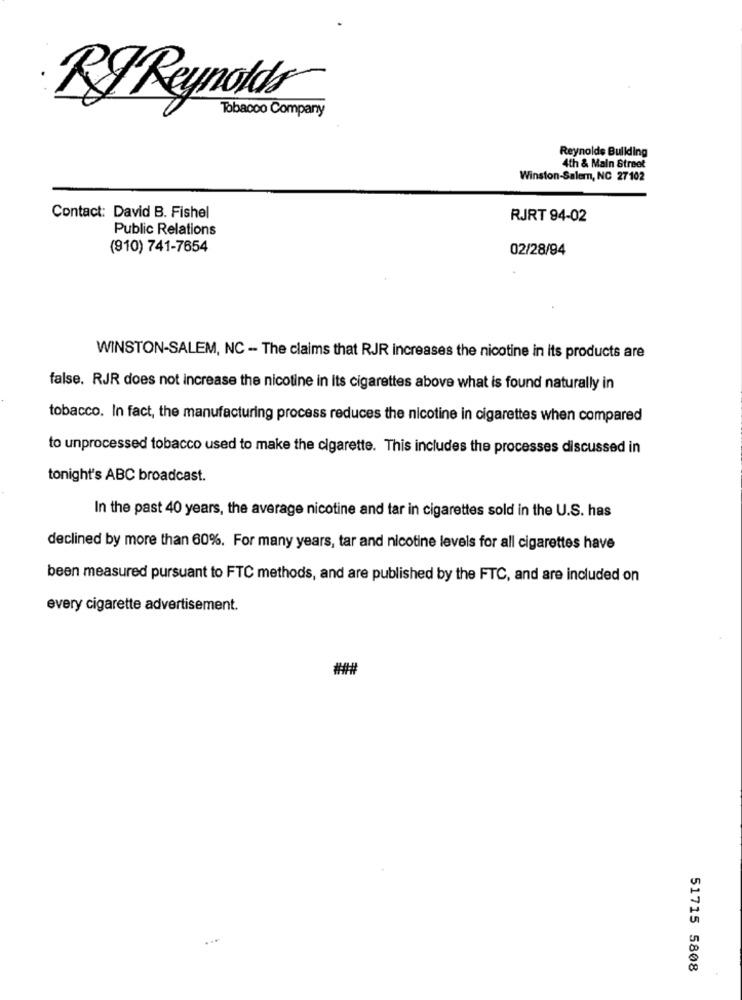
RJ Reynolds
Tobacco Company
Reynolds Building
4th & Main Street
Winston-Salem, NC 27102
Contact: David B. Fishel
RJRT 94-02
Public Relations
(910) 741-7654
02/28/94
WINSTON-SALEM, NC - The claims that RJR increases the nicotine in its products are
false. RJR does not increase the nicotine in Its cigarettes above what is found naturally in
tobacco. In fact, the manufacturing process reduces the nicotine in cigarettes when compared
to unprocessed tobacco used to make the cigarette. This includes the processes discussed in
tonight's ABC broadcast.
In the past 40 years, the average nicotine and tar in cigarettes sold in the U.S. has
declined by more than 60%. For many years, tar and nicotine levels for all cigarettes have
been measured pursuant to FTC methods, and are published by the FTC, and are included on
every cigarette advertisement.
####
51715 5808